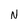
Character: N